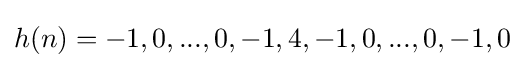
h(n)=-1,0,...,0,-1,4,-1,0,...,0,-1,0